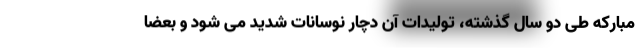
مبارکه طی دو سال گذشته، تولیدات آن دچار نوسانات شدید می شود و بعضا